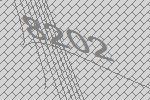
8202